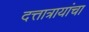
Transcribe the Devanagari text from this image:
दत्तात्रायांचा